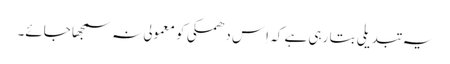
یہ تبدیلی بتا رہی ہے کہ اِس دھمکی کو معمولی نہ سمجھا جائے۔